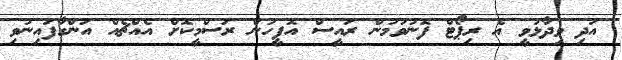
އަދި ވިދާޅުވީ އެ ރިޕޯޓް ފޮނުވުމުން ރައީސް އޮފީހުން ރަސްމީކޮށް އެއްޗެއް އަންގާފައިނުވި